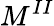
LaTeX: M^{II}